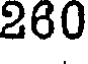
260